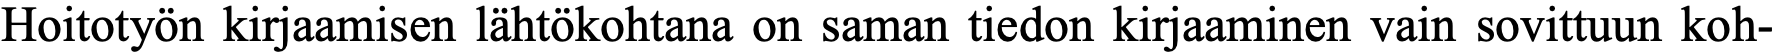
Hoitotyön kirjaamisen lähtökohtana on saman tiedon kirjaaminen vain sovittuun koh-